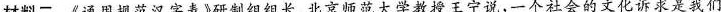
材料二《通用规范汉字表》研制组组长、北京师范大学教授王宁说，一个社会的文化诉求是我们